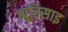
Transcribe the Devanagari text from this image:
ह्यूरिसाइ